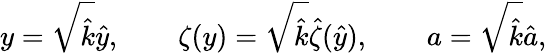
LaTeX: y=\sqrt{\hat{k}}\hat{y},\qquad\zeta(y)=\sqrt{\hat{k}}\hat{\zeta}(\hat{y}),\qquad a=\sqrt{\hat{k}}\hat{a},